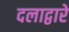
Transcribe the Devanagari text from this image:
दलाद्वारे